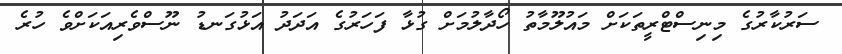
ސަރުކާރުގެ މިނިސްޓްރީތަކަށް މައުލޫމާތު ހޯދާލުމަށް ގުޅާ ފަހަރުގެ އަދަދު އަޅުގަނޑު ނޫސްވެރިއަކަށްވެ ހުރެ